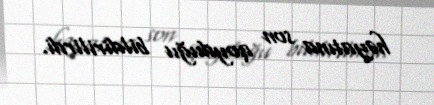
həyatına son qoyduğu bildirilirdi.